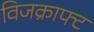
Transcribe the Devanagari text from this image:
विजक्राफ्ट